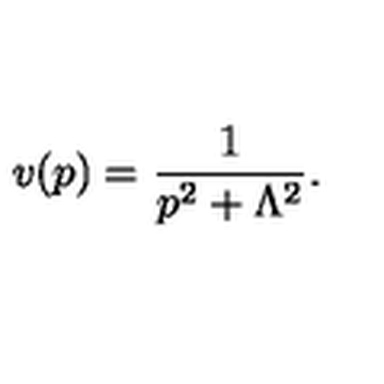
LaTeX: v ( p ) = { \frac { 1 } { p ^ { 2 } + \Lambda ^ { 2 } } } .